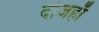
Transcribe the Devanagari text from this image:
दोजहाँ